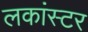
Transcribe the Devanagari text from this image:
लकांस्टर